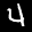
Label: 4